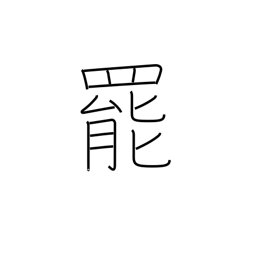
Meaning: quit